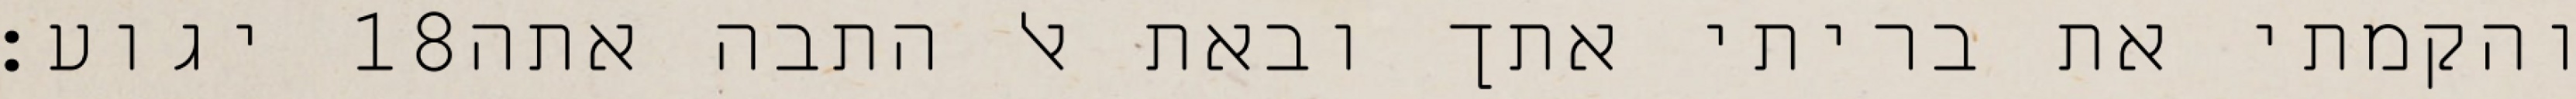
יגוע׃ ‎18‏ והקמתי את בריתי אתך ובאת אל התבה אתה